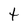
Character: T